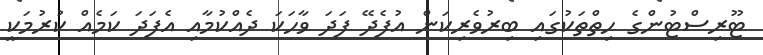
ޓޫރިސްޓުންގެ ހިތްތަކުގައި ބިރުވެރިކަން އުފެދޭ ފަދަ ވާހަކަ ދެއްކުމާއި އެފަދަ ކަމެއް ކުރުމަކީ